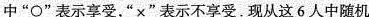
中”○”表示享受，”×”表示不享受.现从这6人中随机